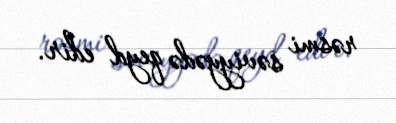
rəsmi səviyyədə qeyd edir.